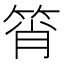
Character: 筲